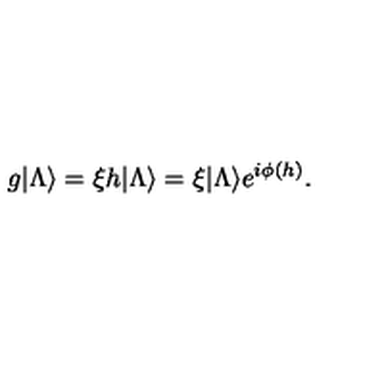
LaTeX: g | \Lambda \rangle = \xi h | \Lambda \rangle = \xi | \Lambda \rangle e ^ { i \phi ( h ) } .